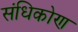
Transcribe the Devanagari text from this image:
संधिकोण